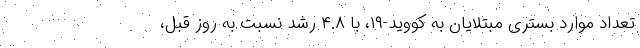
تعداد موارد بستری مبتلایان به کووید-۱۹، با ۴.۸ رشد نسبت به روز قبل،